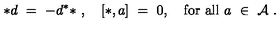
* d \ = \ - d ^ { * } * \ , \quad [ * , a ] \ = \ 0 , \quad \mathrm { f o r \ a l l } \ a \ \in \ { \mathcal A } \ .